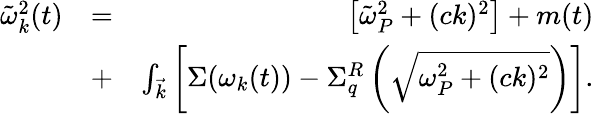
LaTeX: \begin{array}{rlr}{\tilde{\omega}_{k}^{2}(t)}&{=}&{\left[\tilde{\omega}_{P}^{2}+(ck)^{2}\right]+m(t)}\\ &{+}&{{\int_{\vec{k}}}\left[\Sigma(\omega_{k}(t))-\Sigma_{q}^{R}\left(\sqrt{\omega_{P}^{2}+(ck)^{2}}\right)\right].}\end{array}